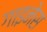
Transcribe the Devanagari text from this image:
गाइनेस